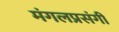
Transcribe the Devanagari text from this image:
मंगलप्रसंगी